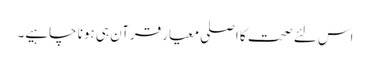
اس لئے صحت کا اصلی معیار قرآن ہی ہونا چاہیے۔